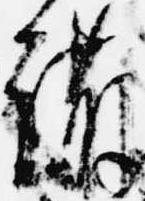
護